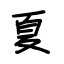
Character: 夏